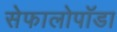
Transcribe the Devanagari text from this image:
सेफालोपॉडा